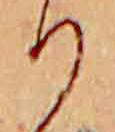
り